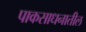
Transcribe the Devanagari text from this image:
पाकसाधनातील